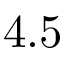
4 . 5